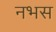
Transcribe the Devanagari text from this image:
नभस